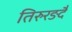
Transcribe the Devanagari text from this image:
तिरुरङदै